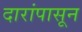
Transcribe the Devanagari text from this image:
दारांपासून